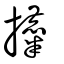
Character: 攗